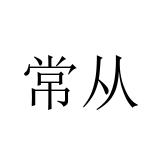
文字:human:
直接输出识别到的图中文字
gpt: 常从